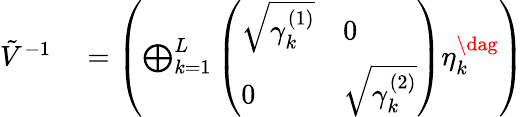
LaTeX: \begin{array}{rl}{\tilde{V}^{-1}}&{{}=\left(\bigoplus_{k=1}^{L}\left(\begin{array}{ll}{\sqrt{\gamma_{k}^{(1)}}}&{0}\\ {0}&{\sqrt{\gamma_{k}^{(2)}}}\end{array}\right)\eta_{k}^{\dag}\right)}\end{array}